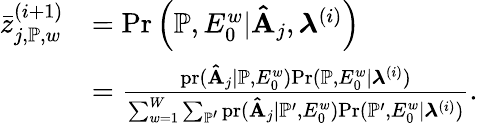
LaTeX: \begin{array}{rl}{\bar{z}_{j,\mathbb{P},w}^{(i+1)}}&{=\mathrm{Pr}\left(\mathbb{P},E_{0}^{w}|\mathbf{\hat{A}}_{j},\boldsymbol{\lambda}^{(i)}\right)}\\ &{=\frac{\mathrm{pr}(\mathbf{\hat{A}}_{j}|\mathbb{P},E_{0}^{w})\mathrm{Pr}(\mathbb{P},E_{0}^{w}|\boldsymbol{\lambda}^{(i)})}{\sum_{w=1}^{W}\sum_{\mathbb{P}^{\prime}}\mathrm{pr}(\mathbf{\hat{A}}_{j}|\mathbb{P}^{\prime},E_{0}^{w})\mathrm{Pr}(\mathbb{P}^{\prime},E_{0}^{w}|\boldsymbol{\lambda}^{(i)})}.}\end{array}